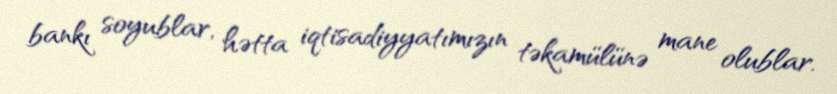
bankı soyublar, hətta iqtisadiyyatımızın təkamülünə mane olublar.